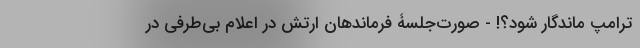
ترامپ ماندگار شود؟! - صورت‌جلسۀ فرماندهان ارتش در اعلام بی‌طرفی در